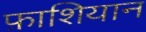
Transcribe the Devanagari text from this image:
फ़ाशियान